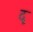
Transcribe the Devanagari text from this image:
दृ